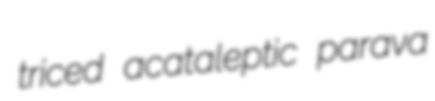
triced acataleptic parava